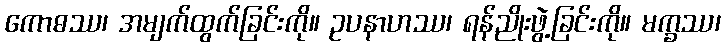
ကောဓဿ၊ အမျက်ထွက်ခြင်းကို။ ဥပနာဟဿ၊ ရန်ညိုးဖွဲ့ခြင်းကို။ မက္ခဿ၊